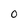
Character: O